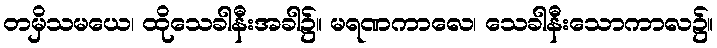
တမှိသမယေ၊ ထိုသေခါနီးအခါ၌။ မရဏကာလေ၊ သေခါနီးသောကာလ၌။